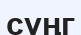
сүңг